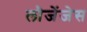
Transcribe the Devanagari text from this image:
लौजेंजेस